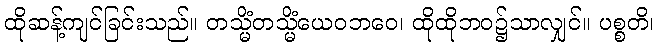
ထိုဆန့်ကျင်ခြင်းသည်။ တသ္မိံတသ္မိံယေဝဘဝေ၊ ထိုထိုဘဝ၌သာလျှင်။ ပစ္စတိ၊